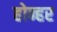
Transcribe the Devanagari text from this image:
होन्हर